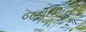
જનાબાઈ